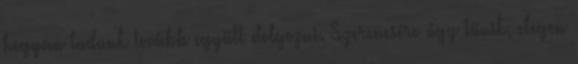
hogyan tudunk tovább együtt dolgozni. Szerencsére úgy tűnik, elegen